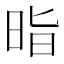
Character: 𭥲